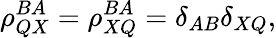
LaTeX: \rho_{QX}^{BA}=\rho_{XQ}^{BA}=\delta_{AB}\delta_{XQ},